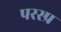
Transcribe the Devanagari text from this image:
परस्प्र